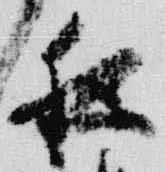
夜